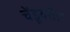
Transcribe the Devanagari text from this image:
चेंडूवरील